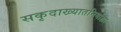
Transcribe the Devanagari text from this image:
सकृदाख्यातनिर्गाह्या